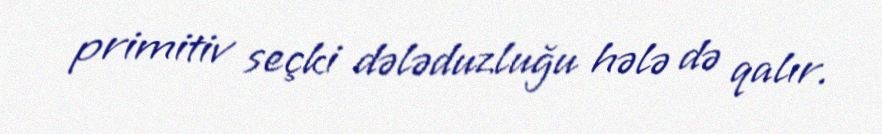
primitiv seçki dələduzluğu hələ də qalır.